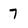
Character: 7